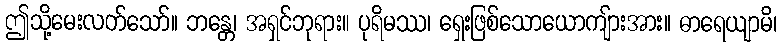
ဤသို့မေးလတ်သော်။ ဘန္တေ၊ အရှင်ဘုရား။ ပုရိမဿ၊ ရှေးဖြစ်သောယောကျ်ားအား။ ဓာရေယျာမိ၊